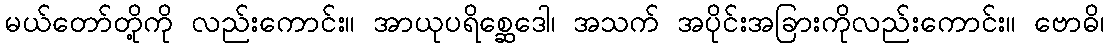
မယ်တော်တို့ကို လည်းကောင်း။ အာယုပရိစ္ဆေဒေါ၊ အသက် အပိုင်းအခြားကိုလည်းကောင်း။ ဗောဓိ၊